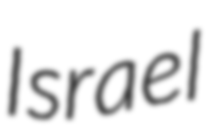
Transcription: Israel